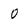
Character: o